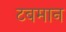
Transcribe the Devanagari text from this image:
टबमान